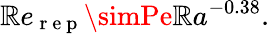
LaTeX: \mathbb{R}e_{\mathrm{{~r~e~p~}}}\simPe\mathbb{R}a^{-0.38}.